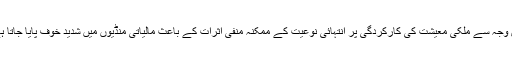
اس وجہ سے ملکی معیشت کی کارکردگی پر انتہائی نوعیت کے ممکنہ منفی اثرات کے باعث مالیاتی منڈیوں میں شدید خوف پایا جاتا ہے۔